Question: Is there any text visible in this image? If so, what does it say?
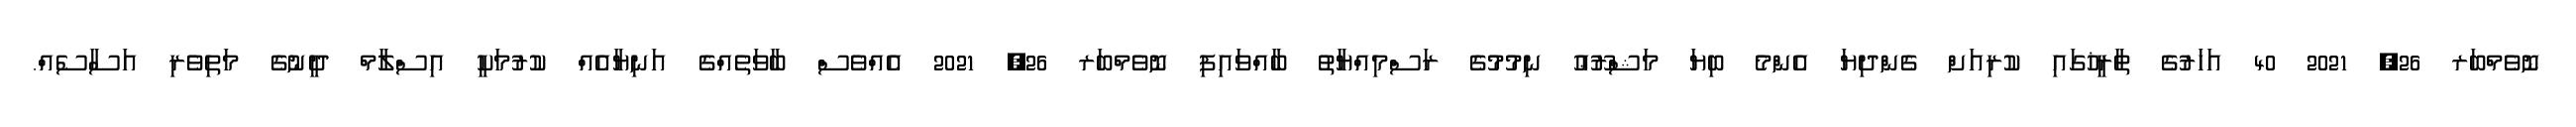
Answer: ނޮވެމްބަރ 26, 2021 40 އަހަރުގެ ތާރީޚުގައި ކުރިއަށް ގެންދިޔަ އެންމެ ބިޔަ މަޝްރޫޢު ނިމުމުގެ ރަސްމިއްޔާތު ބާއްވައިފި ނޮވެމްބަރ 26, 2021 އެއްވެސް ބާވަތެއްގެ އަނިޔާއެއް ކުރުމަކީ އިސްލާމް ދީނުގެ މަތިވެރި އަސާސެއް.